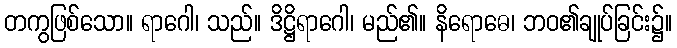
တကွဖြစ်သော။ ရာဂေါ၊ သည်။ ဒိဋ္ဌိရာဂေါ၊ မည်၏။ နိရောဓေ၊ ဘဝ၏ချုပ်ခြင်း၌။